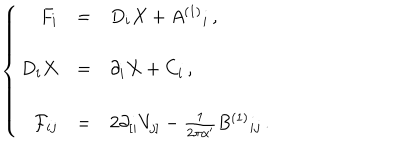
\left\{ \begin{array} { r c l } { { F _ { i } } } & { { = } } & { { D _ { i } X + A ^ { ( 1 ) } { } _ { i } \, , } } \\ { { } } & { { } } & { { } } \\ { { D _ { i } X } } & { { = } } & { { \partial _ { i } X + C _ { i } \, , } } \\ { { } } & { { } } & { { } } \\ { { { \cal F } _ { i j } } } & { { = } } & { { 2 \partial _ { [ i } V _ { j ] } - \frac { 1 } { 2 \pi \alpha ^ { \prime } } B ^ { ( 1 ) } { } _ { i j } \, . } } \\ \end{array} \right.